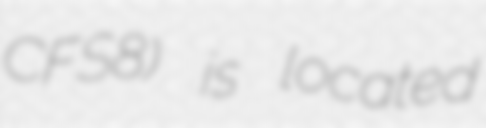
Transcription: CFS8) is located